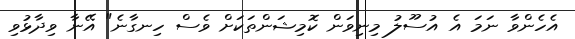
އެހެންވާ ނަމަ އެ އުސޫލު މިނިވަން ކޮމިޝަންތަކަށް ވެސް ހިނގާނެ" އޭނާ ވިދާޅުވި